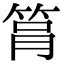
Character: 𥭞